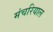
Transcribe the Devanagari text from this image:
मंचरियाल